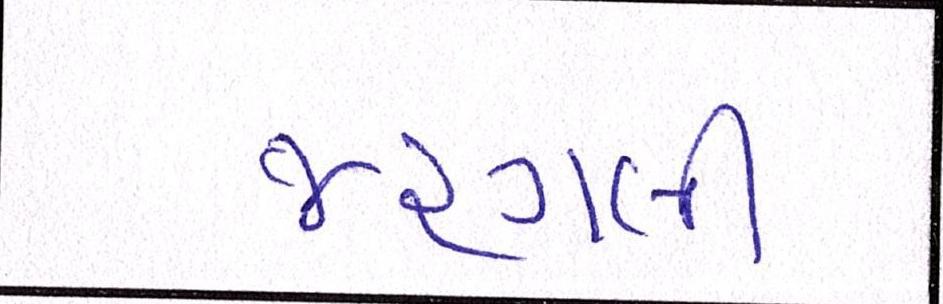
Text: જરગલી